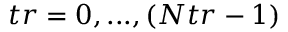
t r = 0 , . . . , ( N t r - 1 )